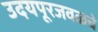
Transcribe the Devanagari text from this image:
उदयपूरजवळचे